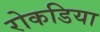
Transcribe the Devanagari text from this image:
रोकडिया